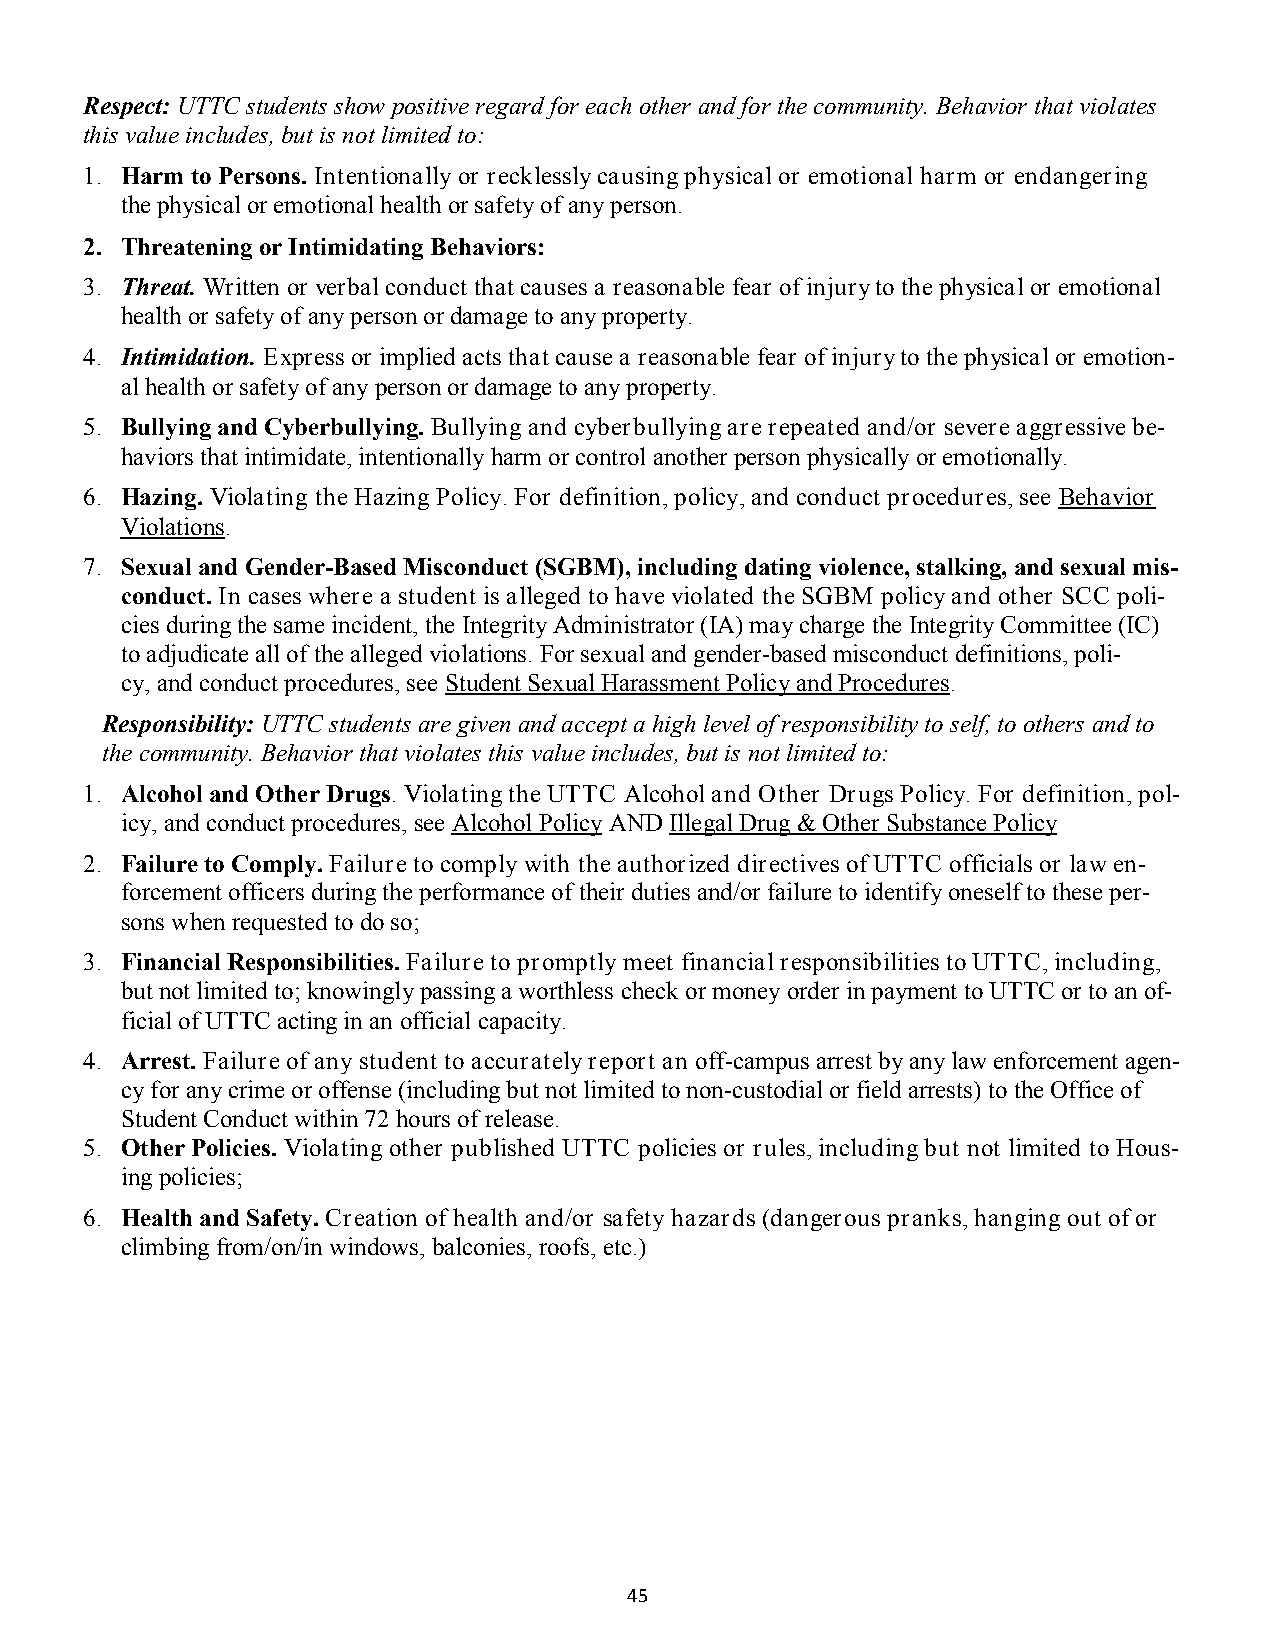
Respect: UTTC students show positive regard for each other and for the community. Behavior that violates
 this value includes, but is not limited to:
 1. Harm to Persons. Intentionally or recklessly causing physical or emotional harm or endangering
 the physical or emotional health or safety of any person.
 2. Threatening or Intimidating Behaviors:
 3. Threat. Written or verbal conduct that causes a reasonable fear of injury to the physical or emotional
 health or safety of any person or damage to any property.
 4. Intimidation. Express or implied acts that cause a reasonable fear of injury to the physical or emotion-
 al health or safety of any person or damage to any property.
 5. Bullying and Cyberbullying. Bullying and cyberbullying are repeated and/or severe aggressive be-
 haviors that intimidate, intentionally harm or control another person physically or emotionally.
 6. Hazing. Violating the Hazing Policy. For definition, policy, and conduct procedures, see Behavior
 Violations.
 7. Sexual and Gender-Based Misconduct (SGBM), including dating violence, stalking, and sexual mis-
 conduct. In cases where a student is alleged to have violated the SGBM policy and other SCC poli-
 cies during the same incident, the Integrity Administrator (IA) may charge the Integrity Committee (IC)
 to adjudicate all of the alleged violations. For sexual and gender-based misconduct definitions, poli-
 cy, and conduct procedures, see Student Sexual Harassment Policy and Procedures.
 Responsibility: UTTC students are given and accept a high level of responsibility to self, to others and to
 the community. Behavior that violates this value includes, but is not limited to:
 1. Alcohol and Other Drugs. Violating the UTTC Alcohol and Other Drugs Policy. For definition, pol-
 icy, and conduct procedures, see Alcohol Policy AND Illegal Drug & Other Substance Policy
 2. Failure to Comply. Failure to comply with the authorized directives of UTTC officials or law en-
 forcement officers during the performance of their duties and/or failure to identify oneself to these per-
 sons when requested to do so;
 3. Financial Responsibilities. Failure to promptly meet financial responsibilities to UTTC, including,
 but not limited to; knowingly passing a worthless check or money order in payment to UTTC or to an of-
 ficial of UTTC acting in an official capacity.
 4. Arrest. Failure of any student to accurately report an off-campus arrest by any law enforcement agen-
 cy for any crime or offense (including but not limited to non-custodial or field arrests) to the Office of
 Student Conduct within 72 hours of release.
 5. Other Policies. Violating other published UTTC policies or rules, including but not limited to Hous-
 ing policies;
 6. Health and Safety. Creation of health and/or safety hazards (dangerous pranks, hanging out of or
 climbing from/on/in windows, balconies, roofs, etc.)
 45